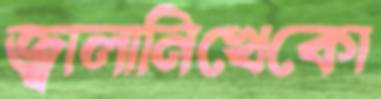
জ্বালানিখেকো